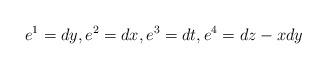
LaTeX: \begin{align*}e^1= d y,e^2= dx,e^3= dt,e^4= dz-x dy\end{align*}